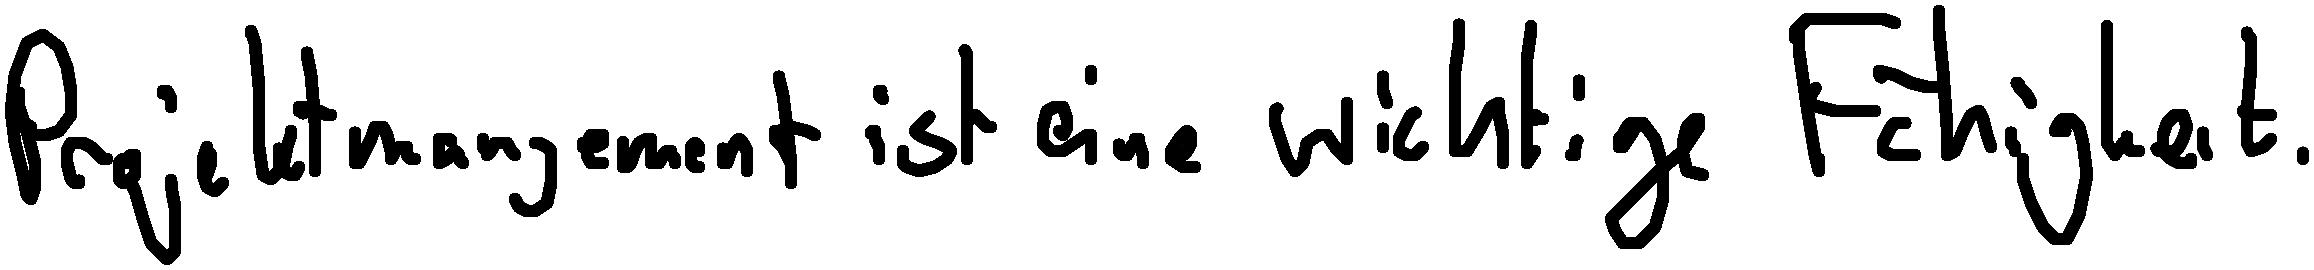
Projektmanagement ist eine wichtige Fähigkeit.